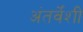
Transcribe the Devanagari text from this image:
अंतर्वेंशी